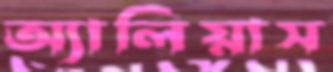
অ্যালিয়াস